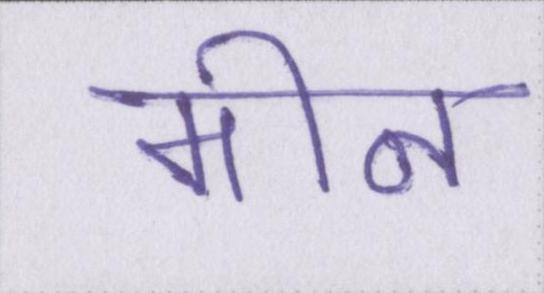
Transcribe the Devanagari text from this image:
मीन